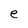
Character: e